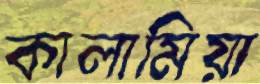
কালামিয়া